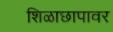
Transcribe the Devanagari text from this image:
शिळाछापावर